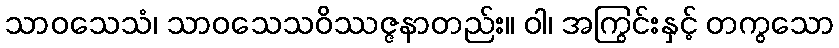
သာဝသေသံ၊ သာဝသေသဝိဿဇ္ဇနာတည်း။ ဝါ၊ အကြွင်းနှင့် တကွသော